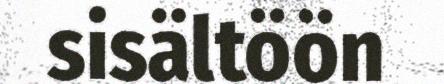
sisältöön